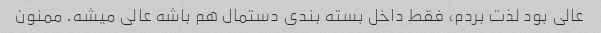
عالی بود لذت بردم، فقط داخل بسته بندی دستمال هم باشه عالی میشه. ممنون